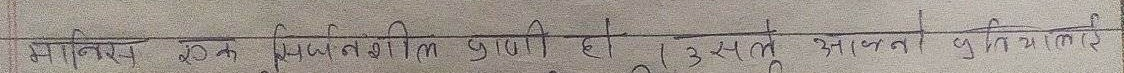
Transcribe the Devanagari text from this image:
मानिस एक सामाजिक प्राणी हो । उसले आफ्नो पुगतै लिए